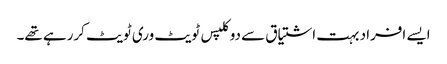
ایسے افراد بہت اشتیاق سے دوکلپس ٹویٹ وری ٹویٹ کررہے تھے۔